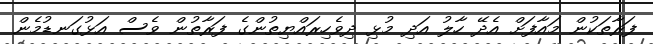
ފަރާތަކުން މައާފަށް އެދޭ ހާލު އަދި މުޅި ދިވެހިރައްޔިތުންގެ ފަރާތުން ވެސް އަޅުގަނޑުމެން